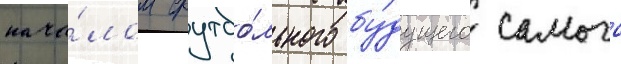
нача́лом футбо́льного бу́дущего самого